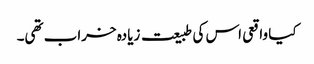
کیا واقعی اس کی طبیعت زیادہ خراب تھی۔